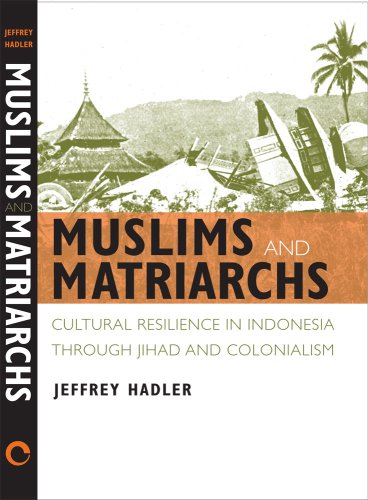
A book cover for Muslims and Matriarchs: Cultural Resilience in Indonesia through Jihad and Colonialism; Jeffrey Hadler; Religion & Spirituality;